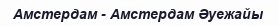
Амстердам - Амстердам Әуежайы